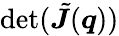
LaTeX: \operatorname*{det}(\tilde{\boldsymbol J}(\boldsymbol q))